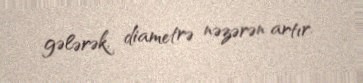
gələrək, diametrə nəzərən artır.